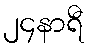
၂၄နာရီ